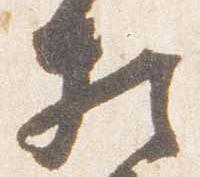
相